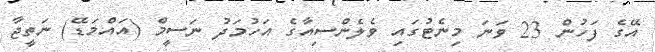
އޭގެ ފަހުން 23 ވަނަ މިނެޓުގައި ވެލެންސިއާގެ އަހުމަދު ނަސީމް (އައްމަޑޭ) ނަތީޖާ